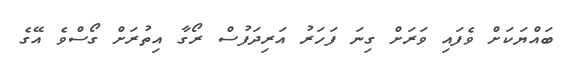
ބައްޔަކަށް ވެފައި ވަރަށް ގިނަ ފަހަރު އަރިދަފުސް ރޯގާ އިތުރަށް ގޯސްވެ އޭގެ